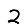
Digit: 2